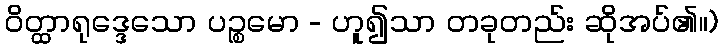
ဝိတ္ထာရုဒ္ဒေသော ပဉ္စမော - ဟူ၍သာ တခုတည်း ဆိုအပ်၏။)